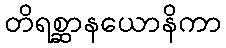
တိရစ္ဆာနယောနိကာ